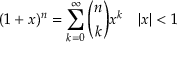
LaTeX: ( 1 + x ) ^ { n } = \sum _ { k = 0 } ^ { \infty } { \binom { n } { k } } x ^ { k } \quad | x | < 1